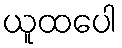
ယူထပေါ